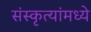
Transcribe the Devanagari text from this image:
संस्कृत्यांमध्ये